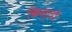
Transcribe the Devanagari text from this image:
किस्‍तों